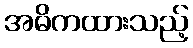
အဓိကထားသည့်